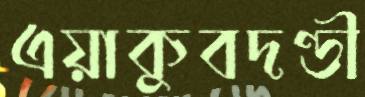
এয়াকুবদণ্ডী